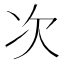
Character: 次